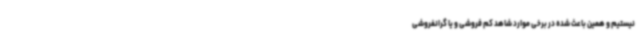
نیستیم و همین باعث شده در برخی موارد شاهد کم فروشی و یا گرانفروشی